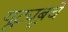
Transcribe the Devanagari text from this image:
यूट्यूबचे